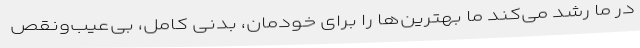
در ما رشد می‌کند ما بهترین‌ها را برای خودمان، بدنی کامل، بی‌عیب‌ونقص